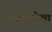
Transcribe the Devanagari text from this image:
मांजरांपेक्षा